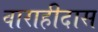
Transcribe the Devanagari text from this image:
वाराहीदास